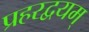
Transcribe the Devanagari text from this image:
प्रहरद्वयम्